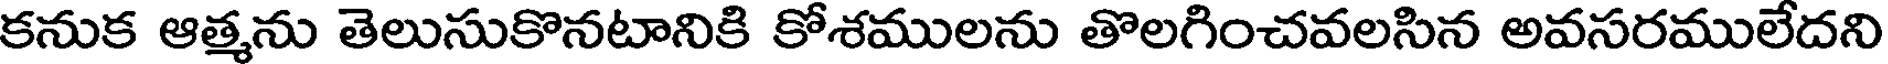
కనుక ఆత్మను తెలుసుకొనటానికి కోశములను తొలగించవలసిన అవసరములేదని